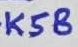
Text: K5B